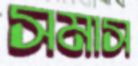
সমাস